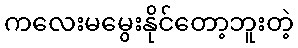
ကလေးမမွေးနိုင်တော့ဘူးတဲ့